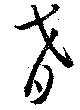
肴